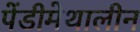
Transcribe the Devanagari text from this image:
पेंडीमेथालीन